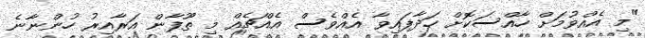
"މި އެއްވުމަށް ހާއްސަކޮށް ހަދާފައިވާ އެއްވެސް އެއްޗެއް މި ތޫފާން އަރާއިރު ހުންނާނެ